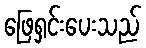
ဖြေရှင်းပေးသည်